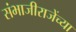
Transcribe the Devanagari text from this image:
संभाजीराजेंच्या